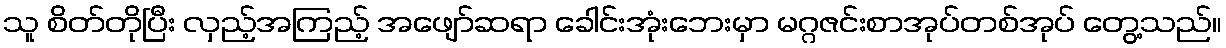
သူ စိတ်တိုပြီး လှည့်အကြည့် အဖျော်ဆရာ ခေါင်းအုံးဘေးမှာ မဂ္ဂဇင်းစာအုပ်တစ်အုပ် တွေ့သည်။